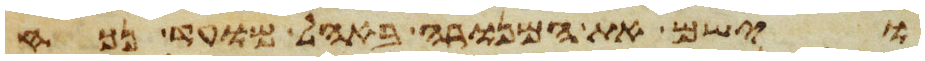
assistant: וישם את המנורה באהל מועד נכח